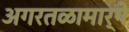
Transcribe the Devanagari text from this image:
अगरतळामार्गे